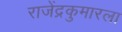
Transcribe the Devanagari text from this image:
राजेंद्रकुमारला